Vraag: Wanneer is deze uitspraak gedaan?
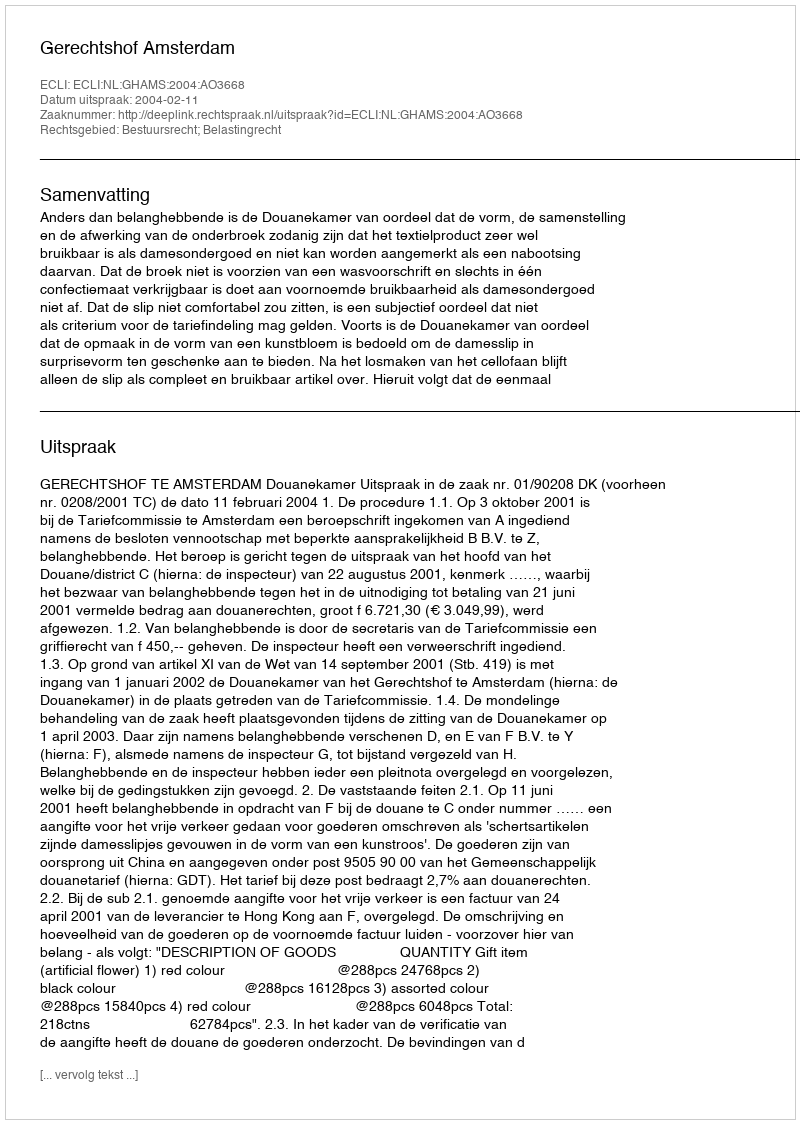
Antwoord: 2004-02-11